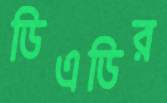
ডিএডির